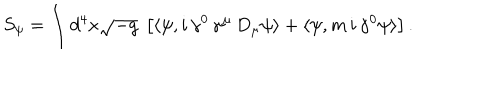
LaTeX: S _ { \psi } = \int d ^ { 4 } x \sqrt { - g } \ \left[ \langle \psi , i \, \gamma ^ { 0 } \, \gamma ^ { \mu } \, D _ { \mu } \psi \rangle + \langle \psi , m \, i \, \gamma ^ { 0 } \psi \rangle \right] .